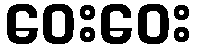
ဝေးဝေး